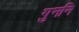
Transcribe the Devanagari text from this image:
गुननि